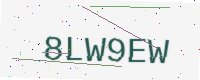
Text: 8LW9EW